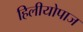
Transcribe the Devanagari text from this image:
हिलीयोपाज